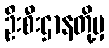
ဦးစီးဌာနတို့မှ